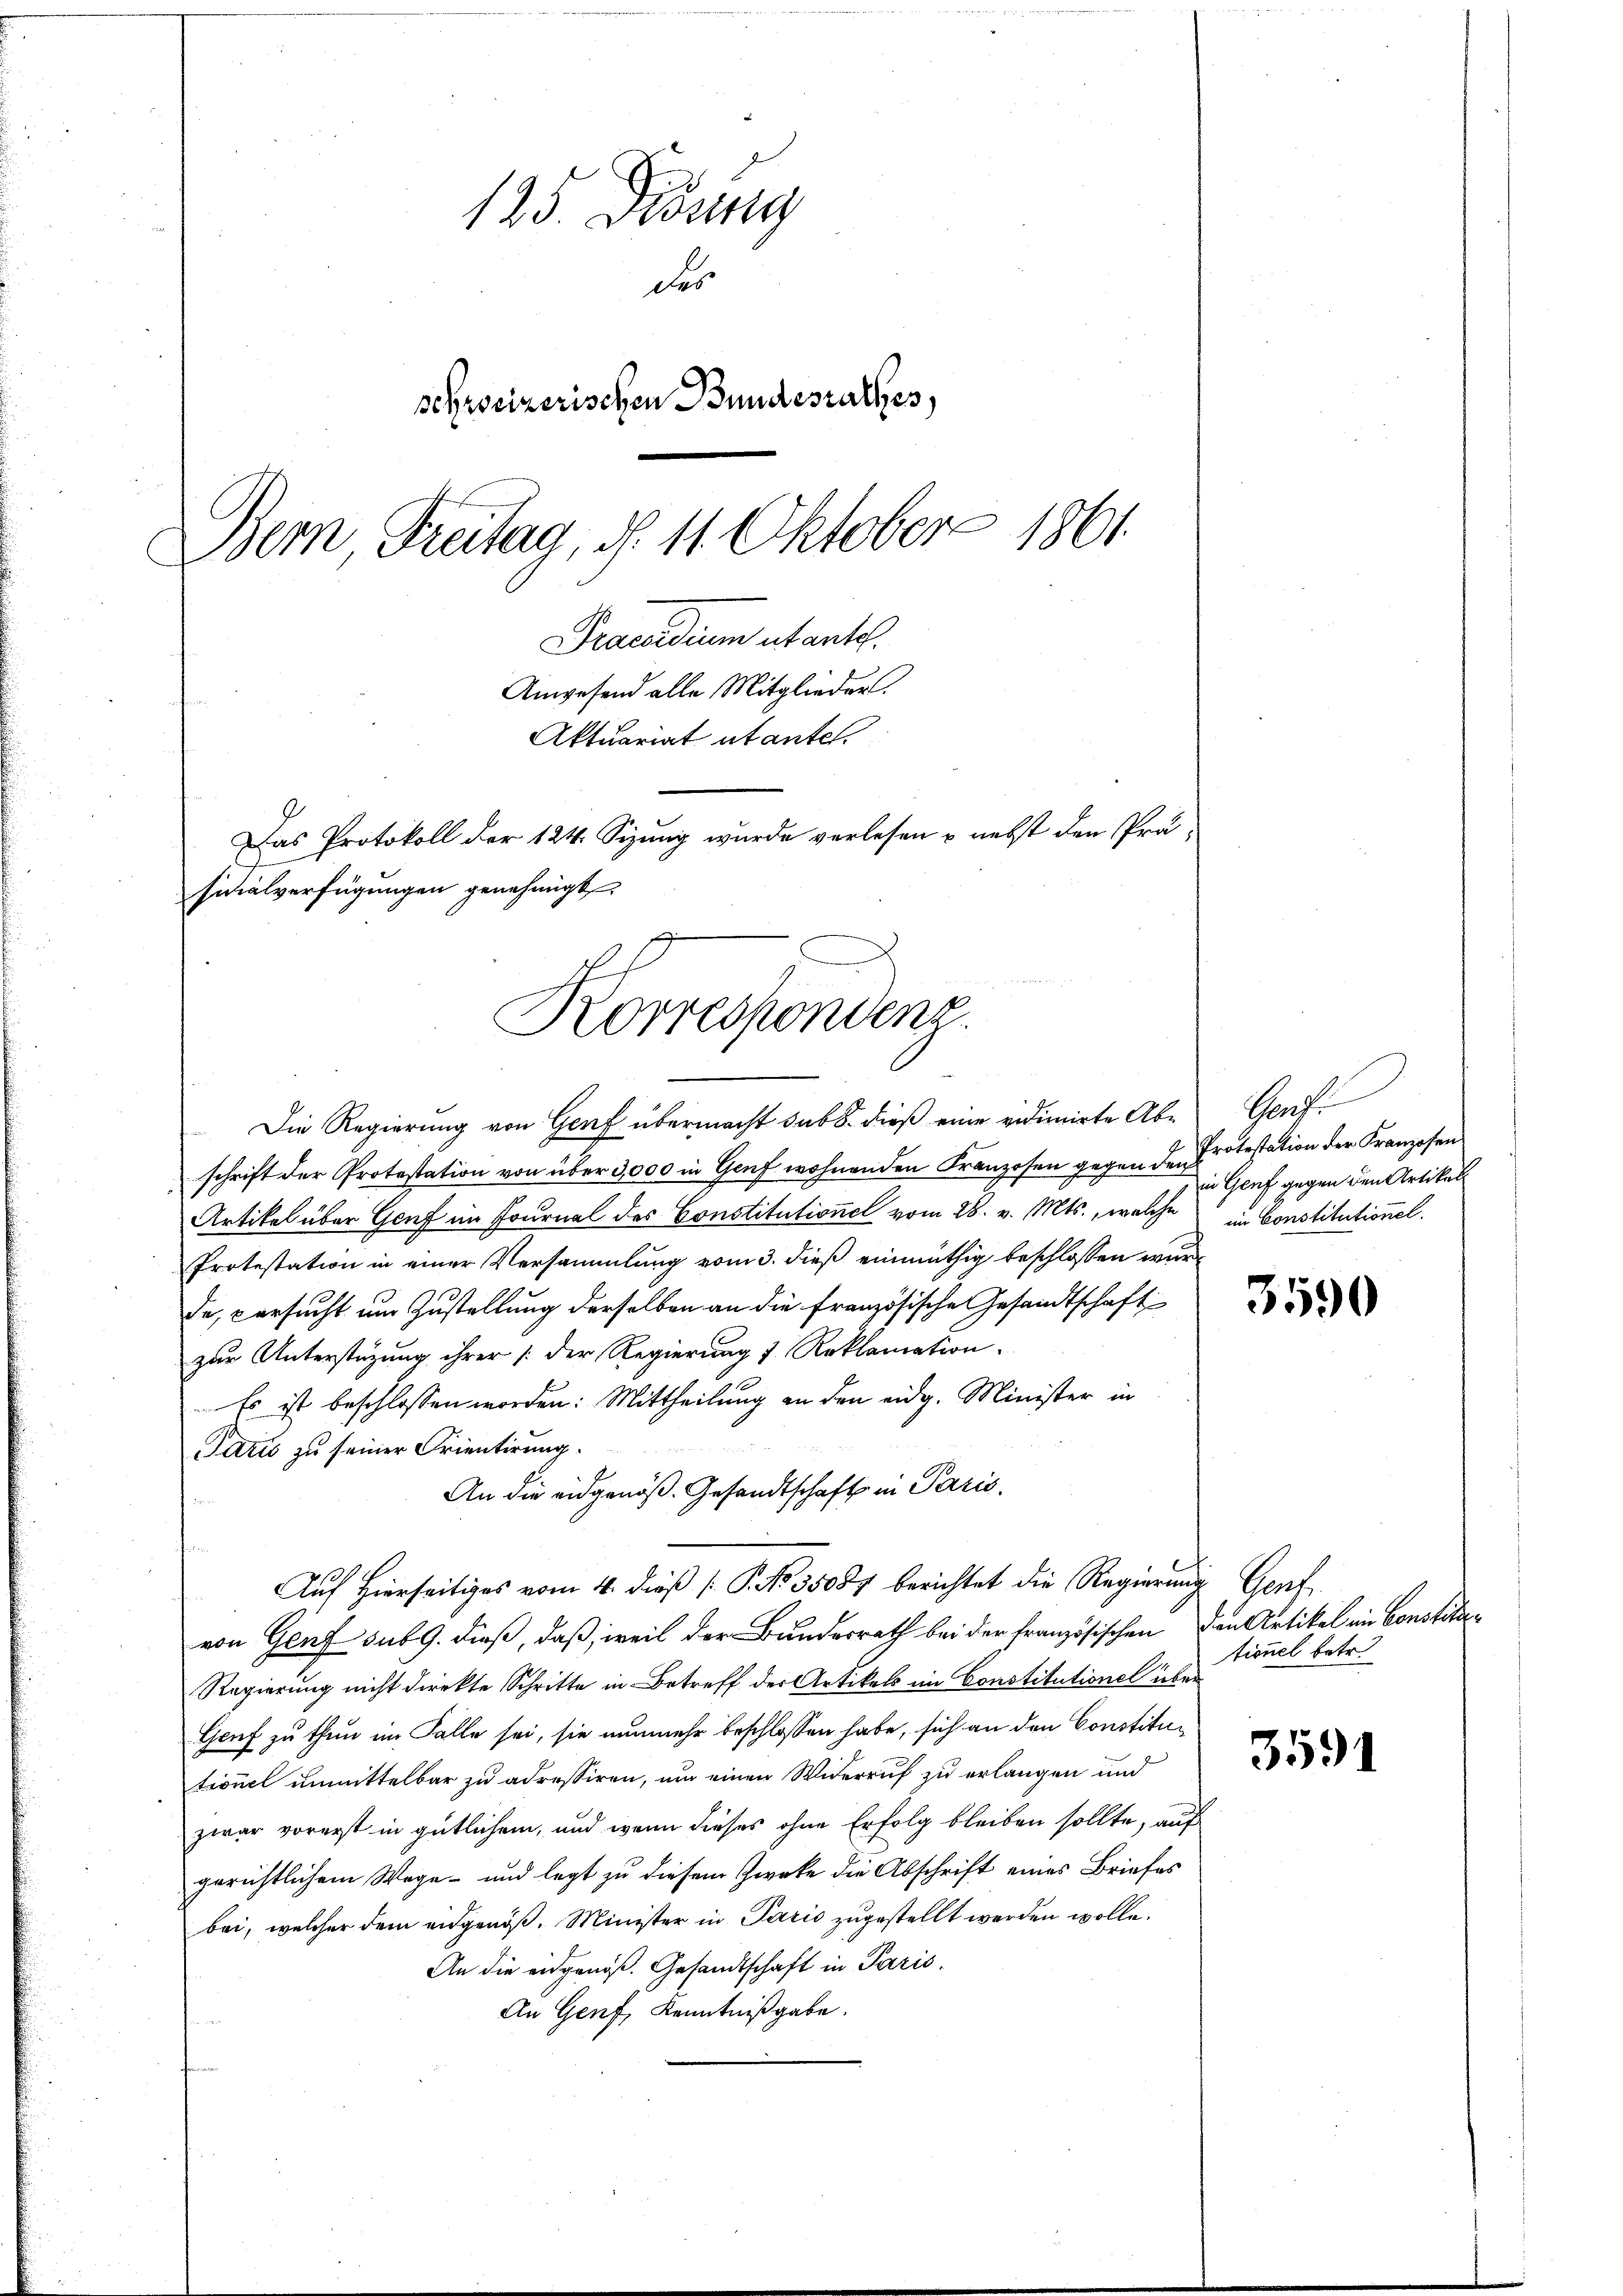
125. Diesig
das
schreizerischen Bundesrathes,
Bern Freitag, d. 11. Oktober 1861.
Praesidium utantel
Anwesend alle Mitglieder.
Aktuariat utantel.
Das Protokoll der 124. Sizung wurde verlesen u. nebst den Prä¬

sidialverfügungen genehmigt.
Korrespondenz.

Die Regierung von Genf übermacht sub 8. dieß eine vidimirte Abschrift der Protestation von über 3,000 in Genf wohnenden Franzosen gegen den Protestation der Franzosen
Artikel über Genf im Fournal des Constitutionel vom 28. v. Mts., welche im Constitutionel.
Protestation in einer Versammlung vom 3. dieß einmüthig beschlossen wurde
de, versucht um Zustellung derselben an die französische Gesandtschaft
zur Unterstüzung ihrer /: der Regierung 7 Reklamation.
Es ist beschlossen worden: Mittheilung an den eidg. Minister in
Paris zu seiner Frientirung.
An die eidgenöß. Gesandtschaft in Paris.
Auf Hierseitiges vom 4. dieß P. No 35087 berichtet die Regierung Genf
von Genf sub 9. dieß, daß, weil der Bundesrath bei der Französischen den Artikel in Constiter¬
Regierung nicht direkte Schritte in Betreff der Artikels im Constitutionel über
Genf zu thun im Falle sei, sie nunmehr beschlossen habe, sich an den Constitutionel unmittelbar zu adressiren, um einen Widerruf zu erlangen und
zwar vorerst in gütlichem, und wenn dieses ohne Erfolg bleiben sollte, auf
gerichtlichem Wege- und legt zu diesem Zwecke die Abschrift eines Briefes
bei, welcher dem eidgenöß. Minister in Paris zugestellt werden wolle.
An die eidgenöß. Gesandtschaft in Paris.
An Genf, Kenntnißgabe.

Gande
in Genf gegen den Artikel

3590

tionel betr.

3591